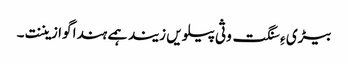
بیڑی ءِ سنگت وثی پیلویں زیند ہمے ہندا گوازیننت۔